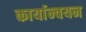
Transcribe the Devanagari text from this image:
कार्यान्‍वयन